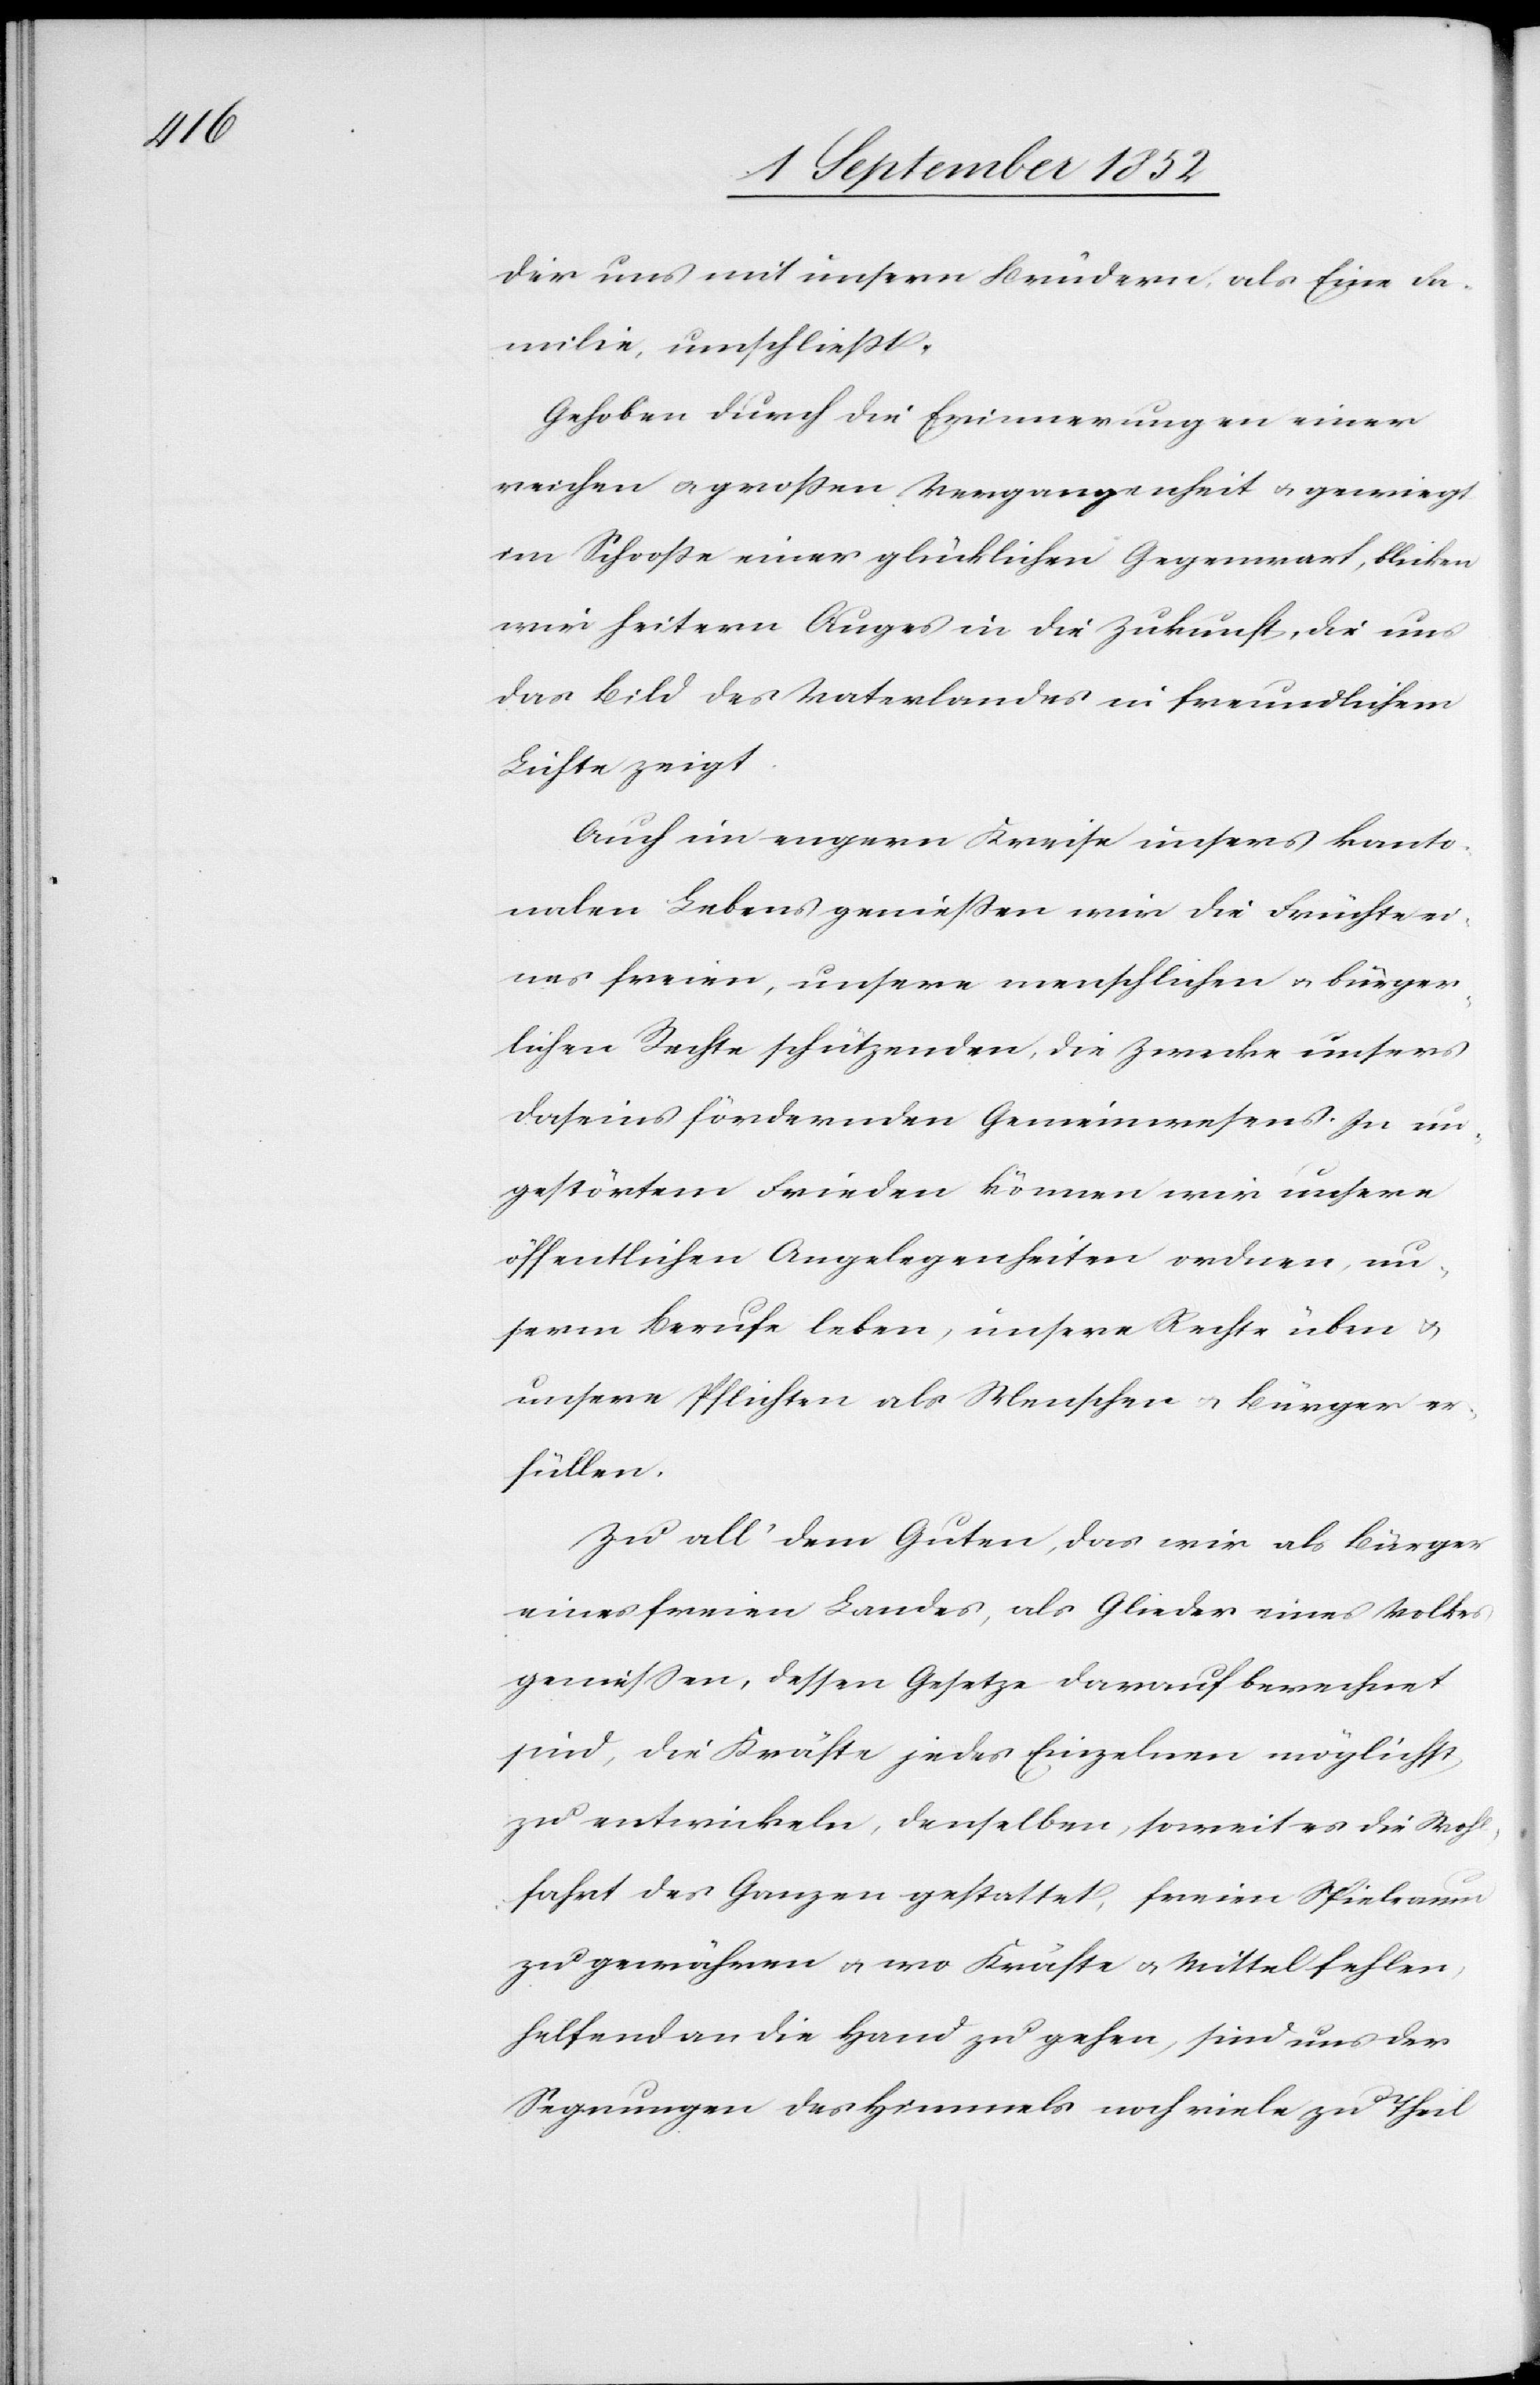
der uns mit unsern Brüdern, als Eine Fa¬
milie, umschließt.
Gehoben durch die Erinnerungen einer
reichen & großen Vergangenheit & gewiegt
im Schooße einer glücklichen Gegenwart, blicken
wir heitern Auges in die Zukunft, die uns
das Bild des Vaterlandes in freundlichem
Lichte zeigt.
Auch im engern Kreise unsers kanto¬
nalen Lebens genießen wir die Früchte ei¬
nes freien, unsere menschlichen & bürger¬
lichen Rechte schützenden, die Zwecke unsers
Daseins fördernden Gemeinwesens. In un¬
gestörtem Frieden können wir unsere
öffentlichen Angelegenheiten ordnen, un¬
serm Berufe leben, unsere Rechte üben &
unsere Pflichten als Menschen & Bürger er¬
füllen.
Zu all‘ dem Guten, das wir als Bürger
eines freien Landes, als Glieder eines Volkes
geniessen, dessen Gesetze darauf berechnet
sind, die Kräfte jedes Einzelnen möglichst
zu entwickeln, denselben, soweit es die Wohl¬
fahrt des Ganzen gestattet, freien Spielraum
zu gewähren & wo Kräfte & Mittel fehlen,
helfend an die Hand zu gehen, sind uns der
Segnungen des Himmels noch viele zu Theil